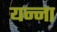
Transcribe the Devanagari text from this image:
यन्ना